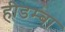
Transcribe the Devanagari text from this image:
हीडम्बा